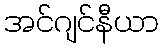
အင်ဂျင်နီယာ